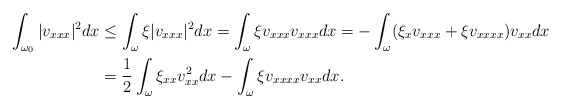
\begin{align*} \int_{\omega_0}|v_{xxx}|^2dx&\leq \int_{\omega}\xi|v_{xxx}|^2dx=\int_{\omega}\xi v_{xxx}v_{xxx}dx =-\int_{\omega}(\xi_xv_{xxx}+\xi v_{xxxx})v_{xx}dx\\ &=\frac{1}{2}\int_{\omega}\xi_{xx}v_{xx}^{2}dx-\int_{\omega}\xi v_{xxxx}v_{xx}dx.\end{align*}